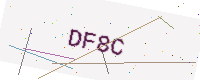
Text: DF8C